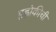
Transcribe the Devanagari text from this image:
इह्लोकीची